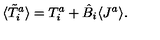
\langle \tilde { T } _ { i } ^ { a } \rangle = T _ { i } ^ { a } + \hat { B } _ { i } \langle J ^ { a } \rangle .